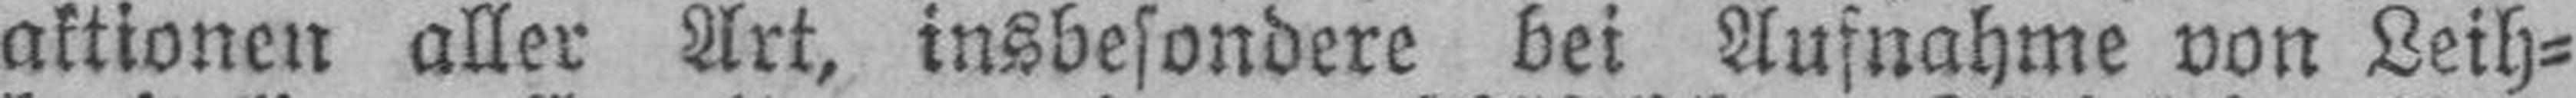
aktionen aller Art, insbesondere bei Aufnahme von Leih¬